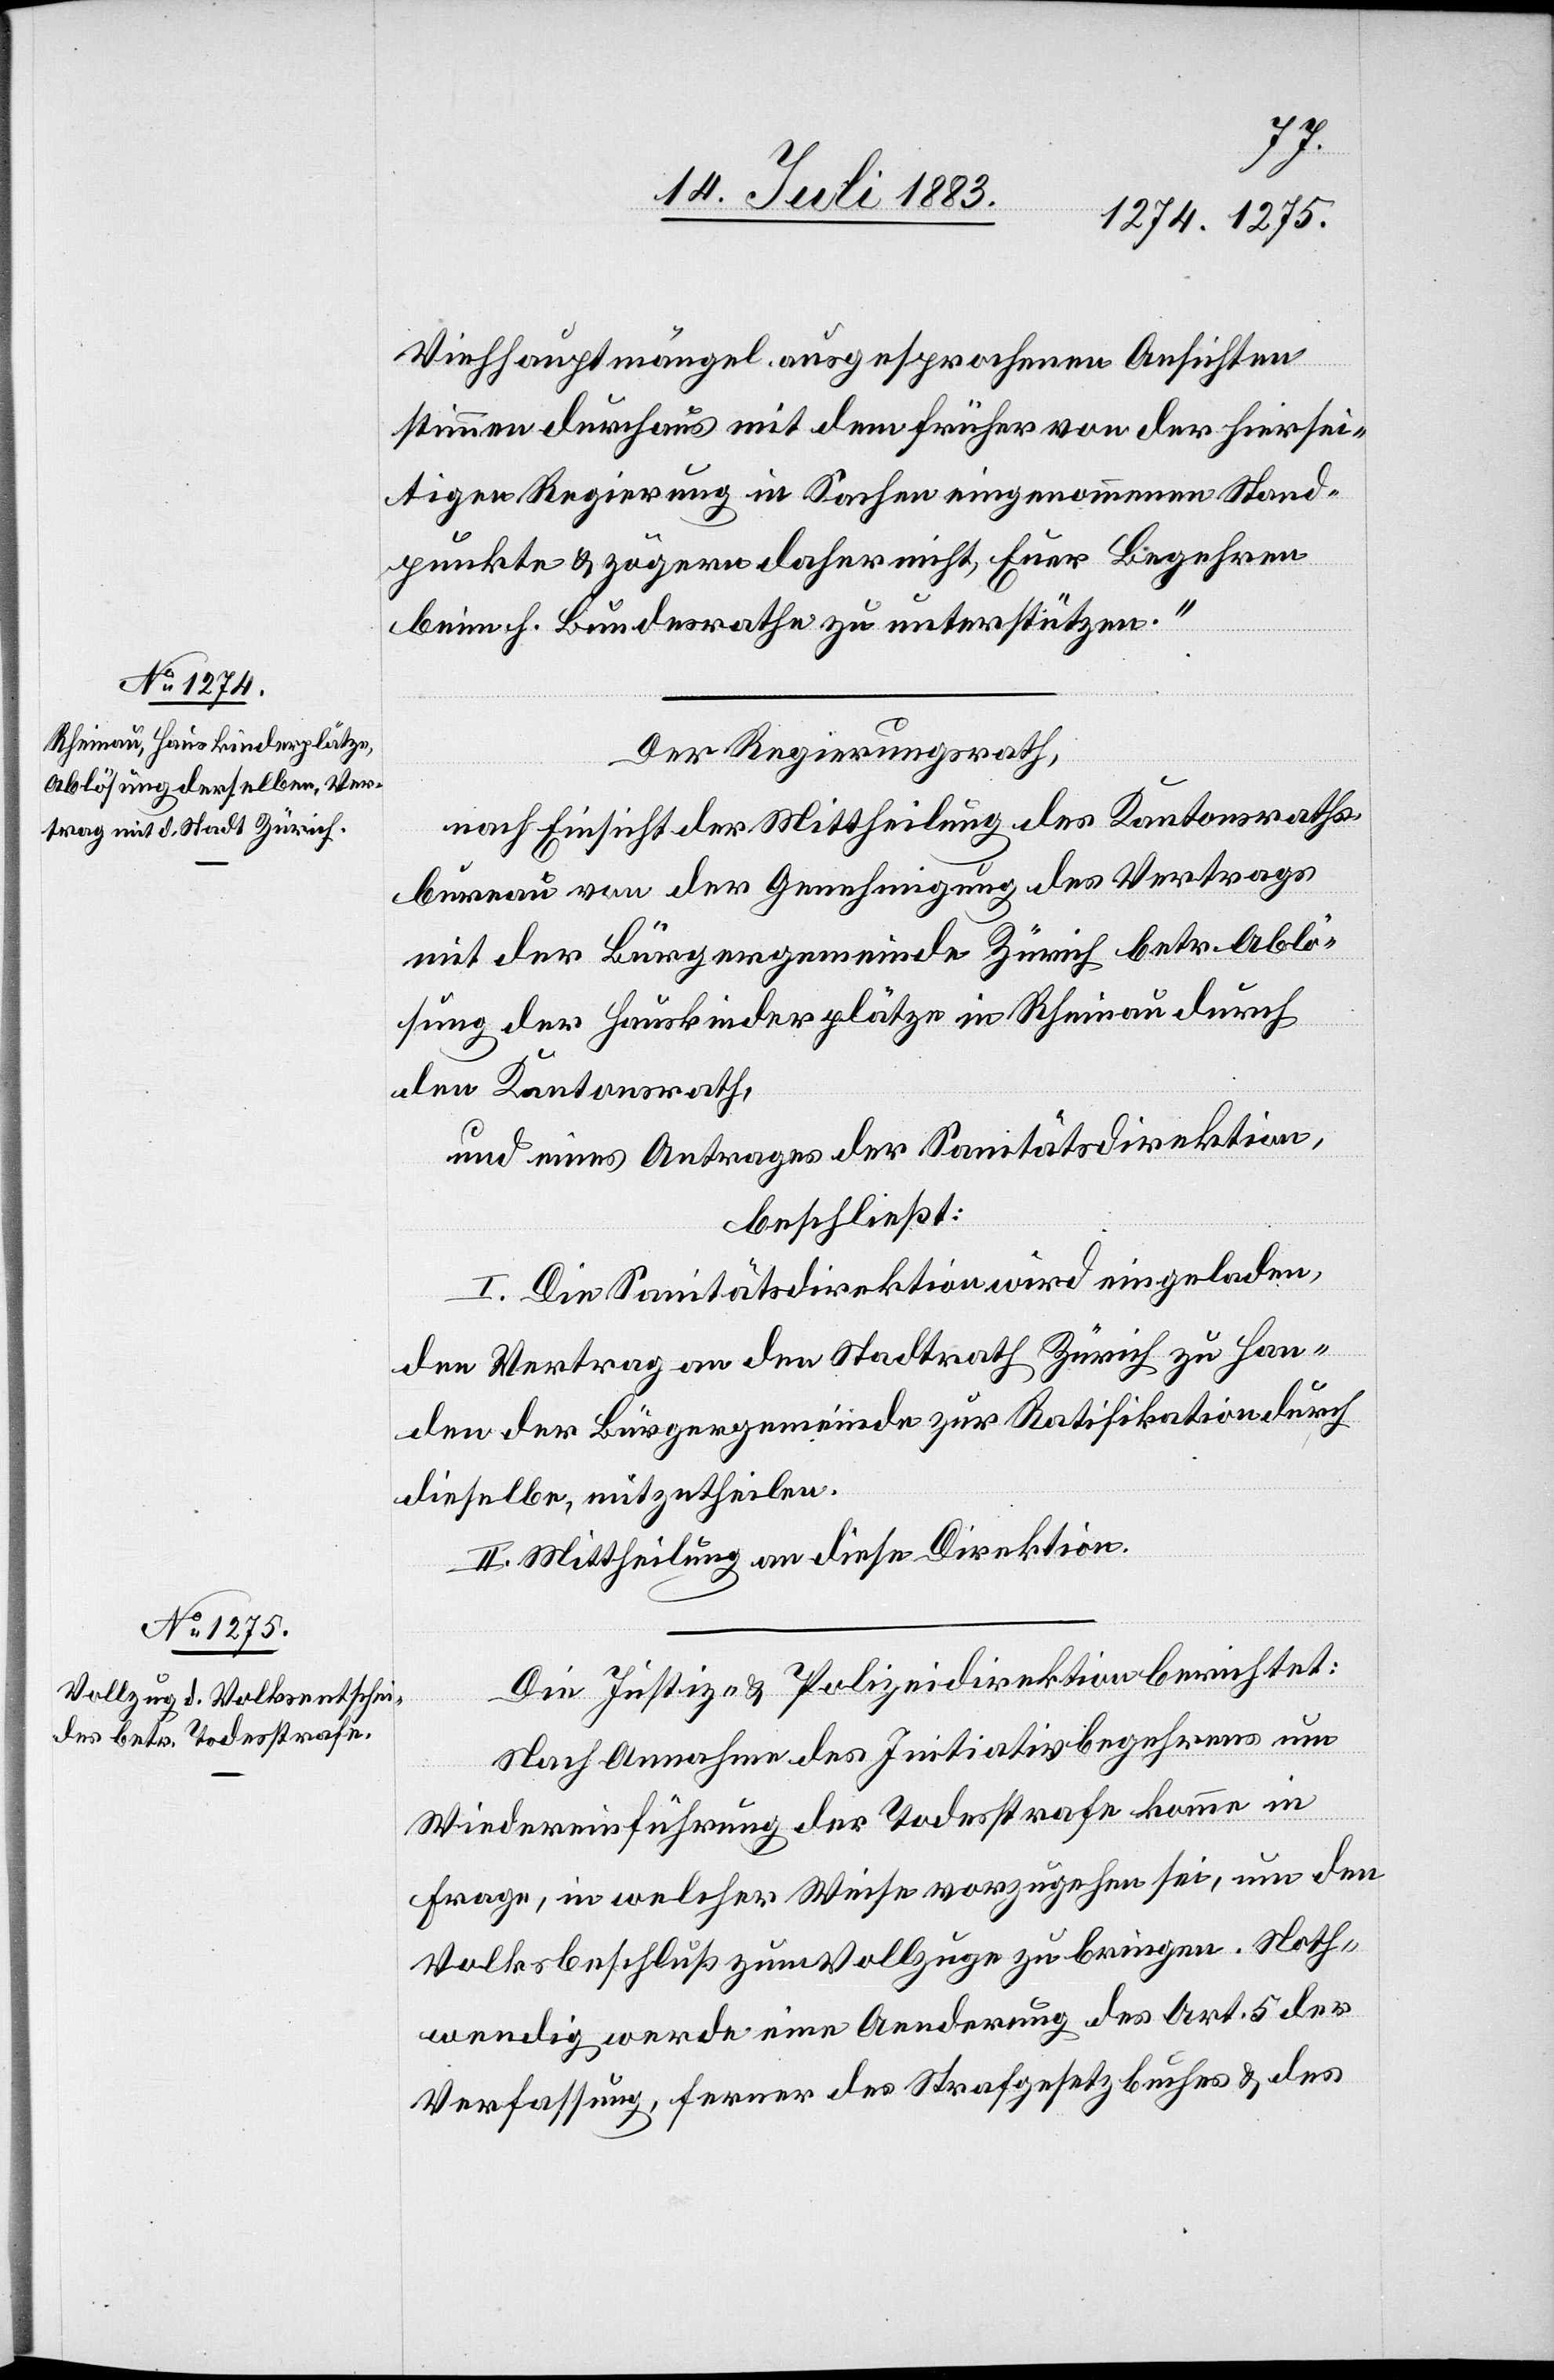
Viehhauptmängel ausgesprochenen Ansichten
stimmen durchaus mit dem früher von der hiersei¬
tigen Regierung in Sachen eingenommenen Stand¬
punkte & [wir] zögern daher nicht, Eure Begehren
beim h. Bundesrathe zu unterstützen.“
Der Regierungsrath,
nach Einsicht der Mittheilung des Kantonsraths¬
bureau von der Genehmigung des Vertrages
mit der Bürgergemeinde Zürich betr. Ablö¬
sung der Hauskinderplätze in Rheinau durch
den Kantonsrath,
und eines Antrages der Sanitätsdirektion,
beschließt:
I. Die Sanitätsdirektion wird eingeladen,
den Vertrag an den Stadtrath Zürich zu Han¬
den der Bürgergemeinde zur Ratifikation durch
dieselbe, mitzutheilen.
II. Mittheilung an diese Direktion.
Die Justiz- & Polizeidirektion berichtet:
Nach Annahme des Initiativbegehrens um
Wiedereinführung der Todesstrafe komme in
Frage, in welcher Weise vorzugehen sei, um den
Volksbeschluß zum Vollzuge zu bringen. Noth¬
wendig werde eine Aenderung des Art. 5 der
Verfassung, ferner des Strafgesetzbuches & des